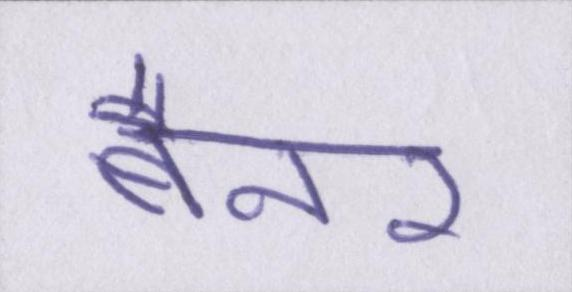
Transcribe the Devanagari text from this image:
बैनर